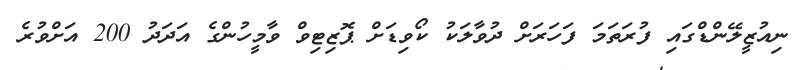
ނިއުޒީލޭންޑްގައި ފުރަތަމަ ފަހަރަށް ދުވާލަކު ކޯވިޑަށް ޕޮޒިޓިވް ވާމީހުންގެ އަދަދު 200 އަށްވުރެ